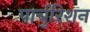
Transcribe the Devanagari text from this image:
पार्चुरिशन